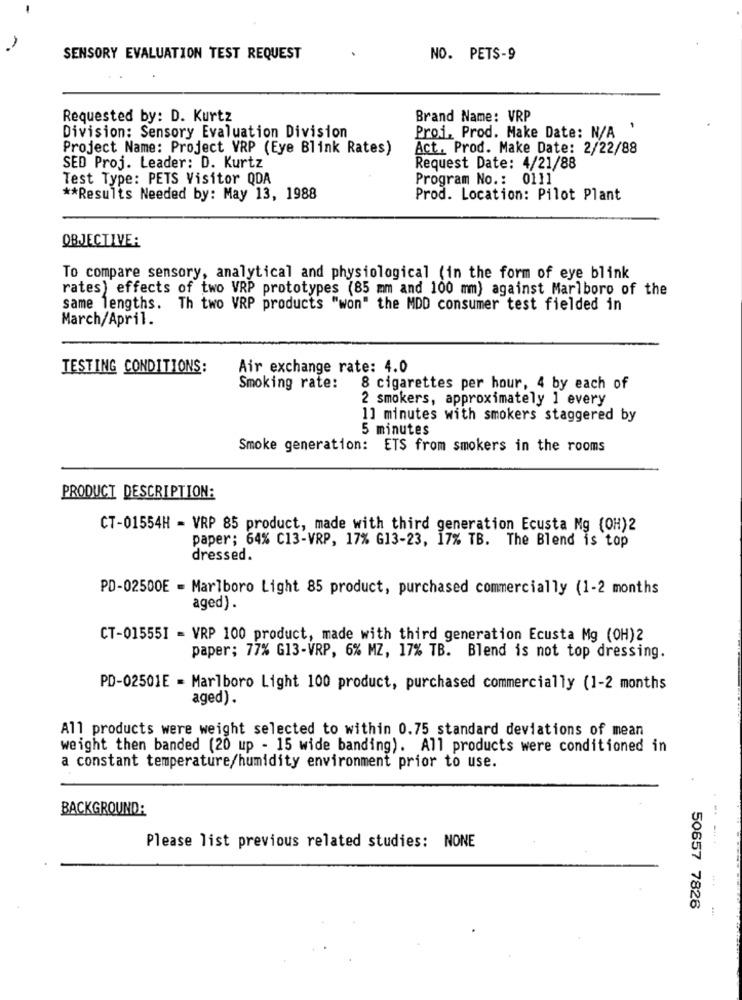
SENSORY EVALUATION TEST REQUEST
NO. PETS-9
Requested by: D. Kurtz
Brand Name: VRP
Proi. Prod. Make Date: N/A '
Division: Sensory Evaluation Division
Project Name: Project VRP (Eye Blink Rates)
Act. Prod. Make Date: 2/22/88
SED Proj. Leader: D. Kurtz
Request Date: 4/21/88
Test Type: PETS Visitor QDA
Program No .: 0111
** Results Needed by: May 13, 1988
Prod. Location: Pilot Plant
OBJECTIVE:
To compare sensory, analytical and physiological (in the form of eye blink
rates) effects of two VRP prototypes (85 mm and 100 mm) against Marlboro of the
same lengths. Th two VRP products "won" the MDD consumer test fielded in
March/April.
TESTING CONDITIONS:
Air exchange rate: 4.0
Smoking rate:
8 cigarettes per hour, 4 by each of
2 smokers, approximately 1 every
1] minutes with smokers staggered by
5 minutes
Smoke generation: ETS from smokers in the rooms
PRODUCT DESCRIPTION:
CT-01554H = VRP 85 product, made with third generation Ecusta Mg (OH)2
paper; 64% C13-VRP, 17% G13-23, 17% TB. The Blend is top
dressed.
PD-02500E - Marlboro Light 85 product, purchased commercially (1-2 months
aged).
CT-01555I = VRP 100 product, made with third generation Ecusta Mg (OH)2
paper; 77% G13-VRP, 6% MZ, 17% TB. Blend is not top dressing.
PD-02501E = Marlboro Light 100 product, purchased commercially (1-2 months
aged).
All products were weight selected to within 0.75 standard deviations of mean
weight then banded (20 up - 15 wide banding). All products were conditioned in
a constant temperature/humidity environment prior to use.
BACKGROUND:
Please list previous related studies: NONE
50657 7826